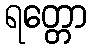
ရတ္တော